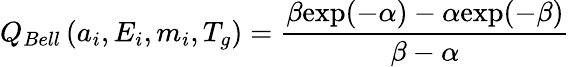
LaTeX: Q_{Bell}\left(a_{i},E_{i},m_{i},T_{g}\right)=\frac{\beta\mathrm{exp}(-\alpha)-\alpha\mathrm{exp}(-\beta)}{\beta-\alpha}